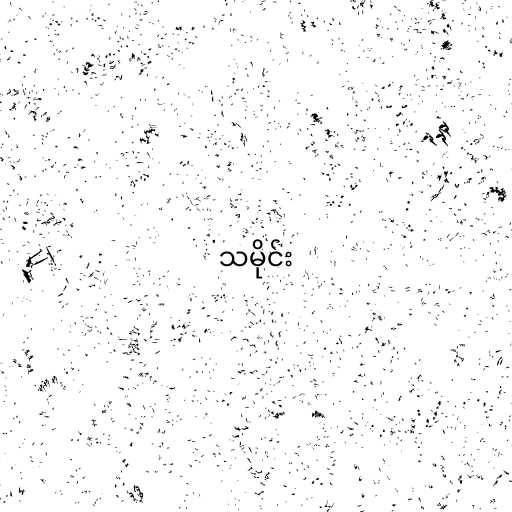
သမိုင်း